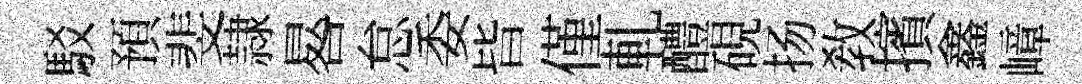
駁預斐隷晷怠委𣅜僅軋醴硯扬教擯鑫嶂